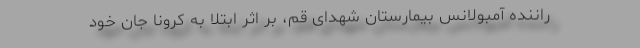
راننده آمبولانس بیمارستان شهدای قم، بر اثر ابتلا به کرونا جان خود